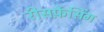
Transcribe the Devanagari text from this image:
रीसर्फ़ेसिंग